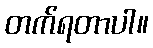
တက်ရတာပါ။